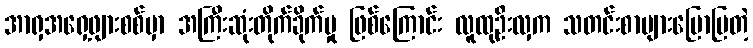
အာရှအရှေ့ဖျားစစ်မှာ အကြီးဆုံးတိုက်ခိုက်မှု ဖြစ်ကြောင်း လူထုဦးလှက သတင်းစာများပြောပြတဲ့